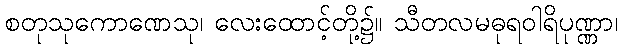
စတုသုကောဏေသု၊ လေးထောင့်တို့၌။ သီတလမဓုရဝါရိပုဏ္ဏာ၊